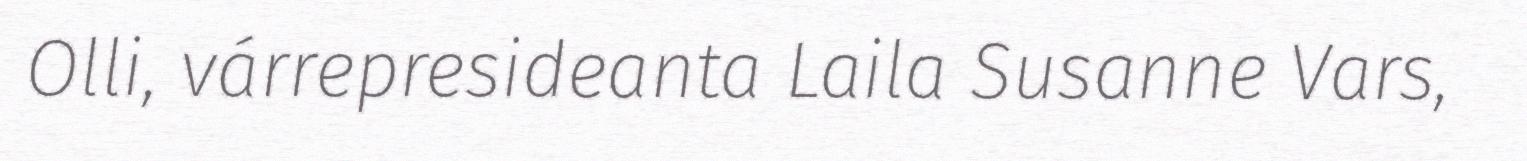
Olli, várrepresideanta Laila Susanne Vars,